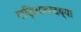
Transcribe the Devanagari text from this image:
गाझियाबादच्या